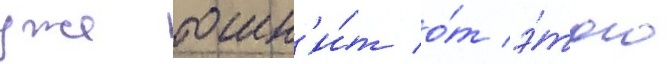
уже тошн'и́т о́т э́того